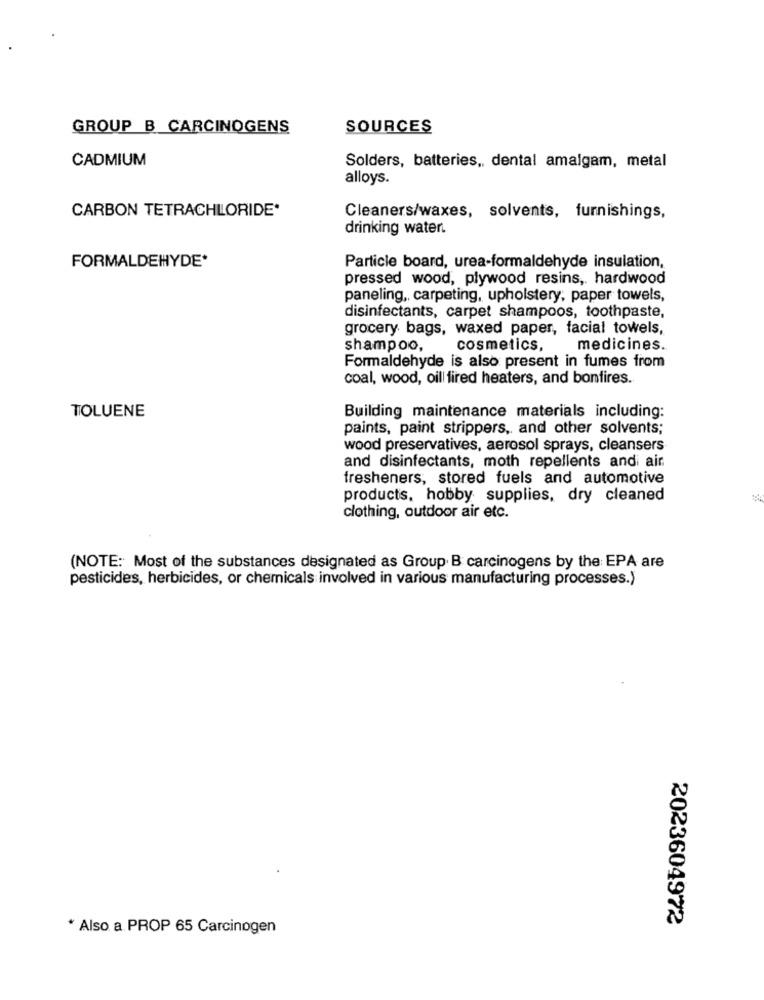
GROUP B CARCINOGENS
SOURCES
CADMIUM
Solders, batteries ,, dental amalgam, metal
alloys.
CARBON TETRACHLORIDE*
Cleaners/waxes, solvents, furnishings,
drinking water.
FORMALDEHYDE*
Particle board, urea-formaldehyde insulation,
pressed wood, plywood resins, hardwood
paneling ,, carpeting, upholstery, paper towels,
disinfectants, carpet shampoos, toothpaste,
grocery bags, waxed paper, facial towels,
shampoo,
cosmetics,
medicines.
Formaldehyde is also present in fumes from
coal, wood, oil fired heaters, and bonfires.
TOLUENE
Building maintenance materials including:
paints, paint strippers, and other solvents;
wood preservatives, aerosol sprays, cleansers
and disinfectants, moth repellents andi air
fresheners, stored fuels and automotive
products, hobby supplies, dry cleaned
clothing, outdoor air etc.
(NOTE: Most of the substances designated as Group. B carcinogens by the EPA are
pesticides, herbicides, or chemicals involved in various manufacturing processes.)
2023604972
* Also a PROP 65 Carcinogen